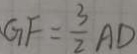
G F = \frac { 3 } { 2 } A D